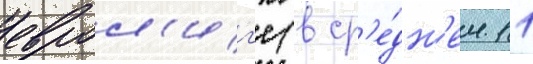
еврол'иг'е (в ср'е́дн'ем 11